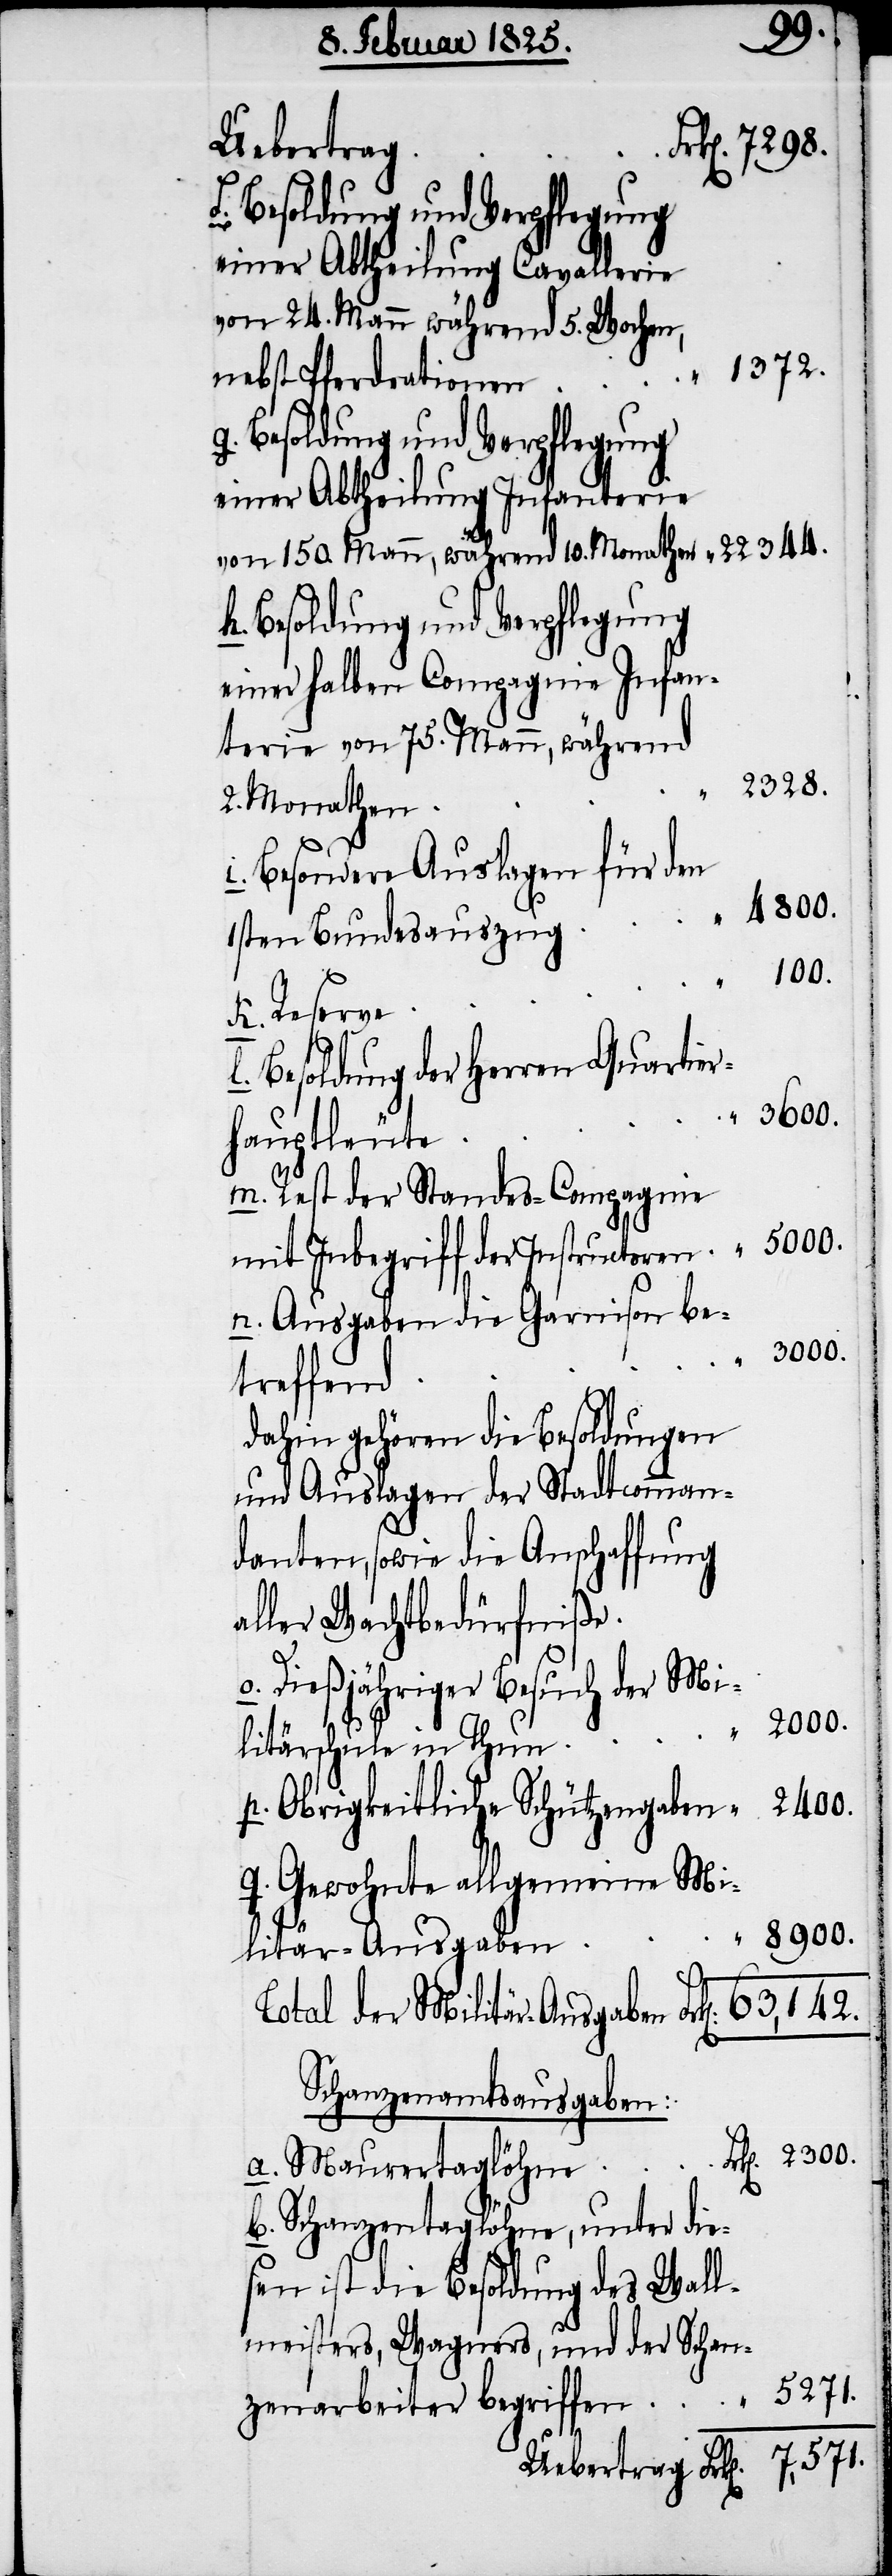
Uebertrag
Besoldung und Verpflegung
einer Abtheilung Cavallerie
von 24. Mann während 5. Wochen,
1372.
b.
nebst Pferdrationen
Besoldung und Verpflegung
einer Abtheilung Infanterie
von 150. Mann, während 10. Monathen
Besoldung und Verpflegung
einer halben Compagnie Infan¬
terie von 75. Mann, während
2328.
2. Monathen
Besondere Auslagen für den
Reserve
Besoldung der Herren Quartier¬
hauptleute
Rest der Standes-Compagnie
mit Inbegriff der Instructoren
Ausgaben die Garnison be¬
2300.
treffend
dahin gehören die Besoldungen
und Auslagen der Stadtcomman¬
danten, sowie die Anschaffung
aller Wachtbedürfniße
Dießjähriger Besuch der Mi¬
litärschule in Thun
Obrigkeitliche Schützengaben
Gewohnte allgemeine Mi¬
8900.
Militär-Ausgaben
Schanzenamtsausgaben:
Maurertaglöhne
Schanzentaglöhne, unter die¬
sen ist die Besoldung des Wall¬
meisters, Wagners, und der Schan¬
5271.
zenarbeiter begriffen